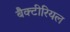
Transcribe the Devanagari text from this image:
बैक्‍टीरियल